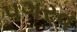
પગરવ